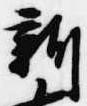
新